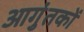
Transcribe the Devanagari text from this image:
आगुंतकों